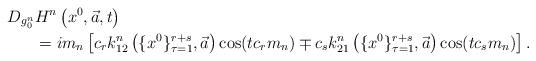
LaTeX: \begin{align*}D_{g_0^n}&H^n\left(x^0, \vec{a}, t\right) \\&= im_n\left[ c_r k_{12}^n\left(\{x^0\}_{\tau=1}^{r+s}, \vec{a}\right) \cos(t c_r m_n) \mp c_s k_{21}^n\left(\{x^0\}_{\tau=1}^{r+s}, \vec{a}\right) \cos(t c_s m_n)\right].\end{align*}